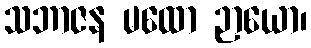
သဘာဇန မထော ဉာယော၊